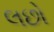
લછો